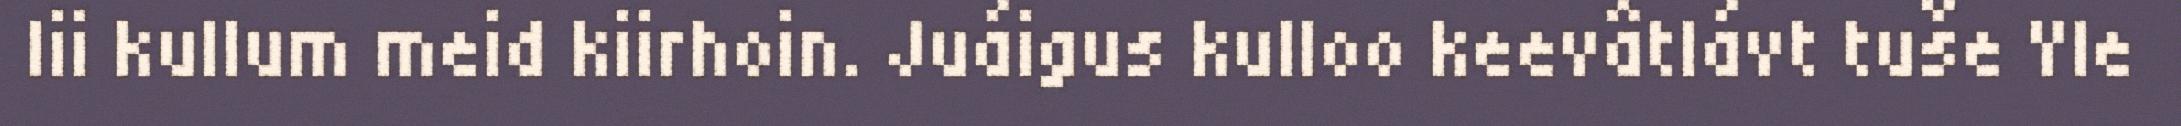
lii kullum meid kiirhoin. Juáigus kulloo keevâtlávt tuše Yle